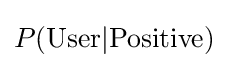
P({\text{User}}\vert {\text{Positive}})